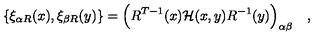
\{ \xi _ { \alpha R } ( x ) , \xi _ { \beta R } ( y ) \} = \Bigl ( R ^ { T - 1 } ( x ) { \cal H } ( x , y ) R ^ { - 1 } ( y ) \Bigr ) _ { \alpha \beta } \quad ,